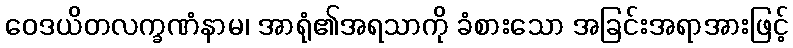
ဝေဒယိတလက္ခဏံနာမ၊ အာရုံ၏အရသာကို ခံစားသော အခြင်းအရာအားဖြင့်